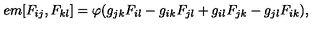
\hspace { + 5 e m } [ F _ { i j } , F _ { k l } ] = \varphi ( g _ { j k } F _ { i l } - g _ { i k } F _ { j l } + g _ { i l } F _ { j k } - g _ { j l } F _ { i k } ) ,